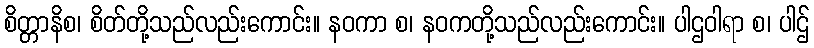
စိတ္တာနိစ၊ စိတ်တို့သည်လည်းကောင်း။ နဝကာ စ၊ နဝကတို့သည်လည်းကောင်း။ ပါဌဝါရာ စ၊ ပါဌ်